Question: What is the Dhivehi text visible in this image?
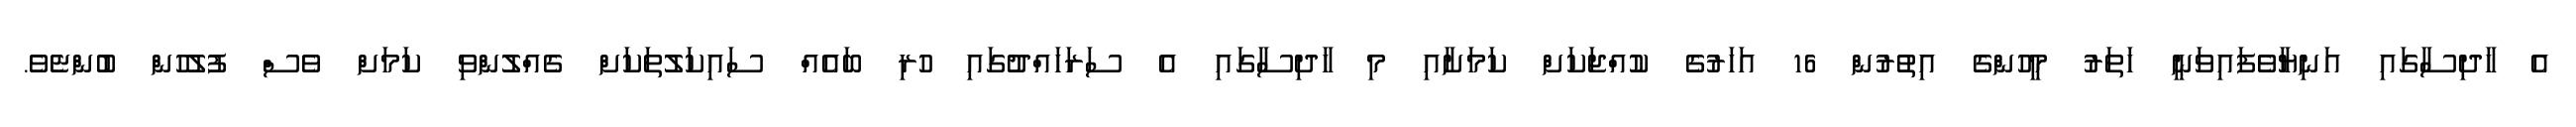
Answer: އެ ހާދިސާގައި އަނިޔާވެފައިވަނީ ހަތަރު މީހުންގެ އިތުރުން 16 އަހަރުގެ ކުއްޖަކަށް ކަމަށާއި މި ހާދިސާގައި އެ ސަރަހައްދުގައި ހުރި ބައެއް ސައިކަލުތަކަށް ގެއްލުންވި ކަމަށް ވެސް ފުލުހުން ބުންޏެވެ.